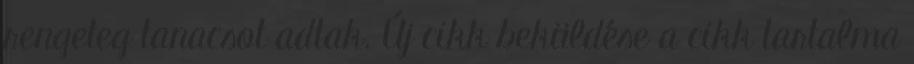
rengeteg tanacsot adtak. Új cikk beküldése a cikk tartalma